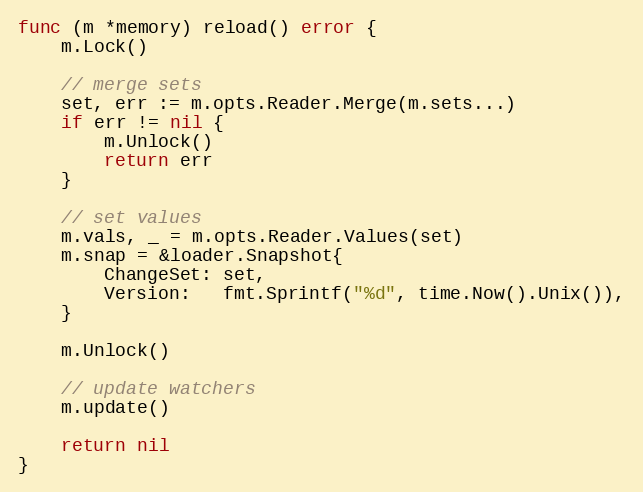
Language: Go
func (m *memory) reload() error {
	m.Lock()

	// merge sets
	set, err := m.opts.Reader.Merge(m.sets...)
	if err != nil {
		m.Unlock()
		return err
	}

	// set values
	m.vals, _ = m.opts.Reader.Values(set)
	m.snap = &loader.Snapshot{
		ChangeSet: set,
		Version:   fmt.Sprintf("%d", time.Now().Unix()),
	}

	m.Unlock()

	// update watchers
	m.update()

	return nil
}